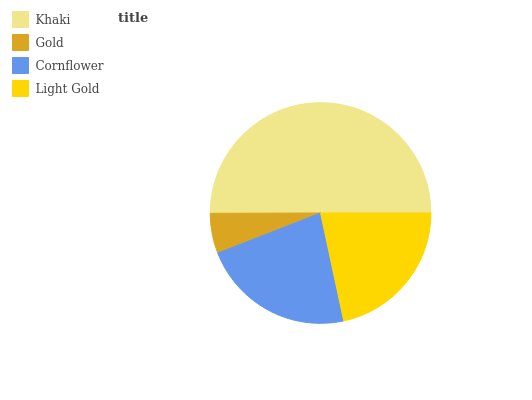
| Khaki | Gold | Cornflower | Light Gold |
 | --- | --- | --- | --- |
 | 50% | 5.88% | 22.5% | 21.7% |